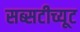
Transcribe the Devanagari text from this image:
सब्सटीच्यूट